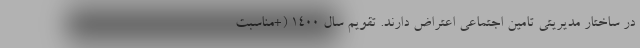
در ساختار مدیریتی تامین اجتماعی اعتراض دارند. تقویم سال 1400 (+مناسبت